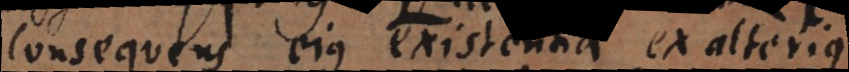
consequens, ejus existentia ex alterius